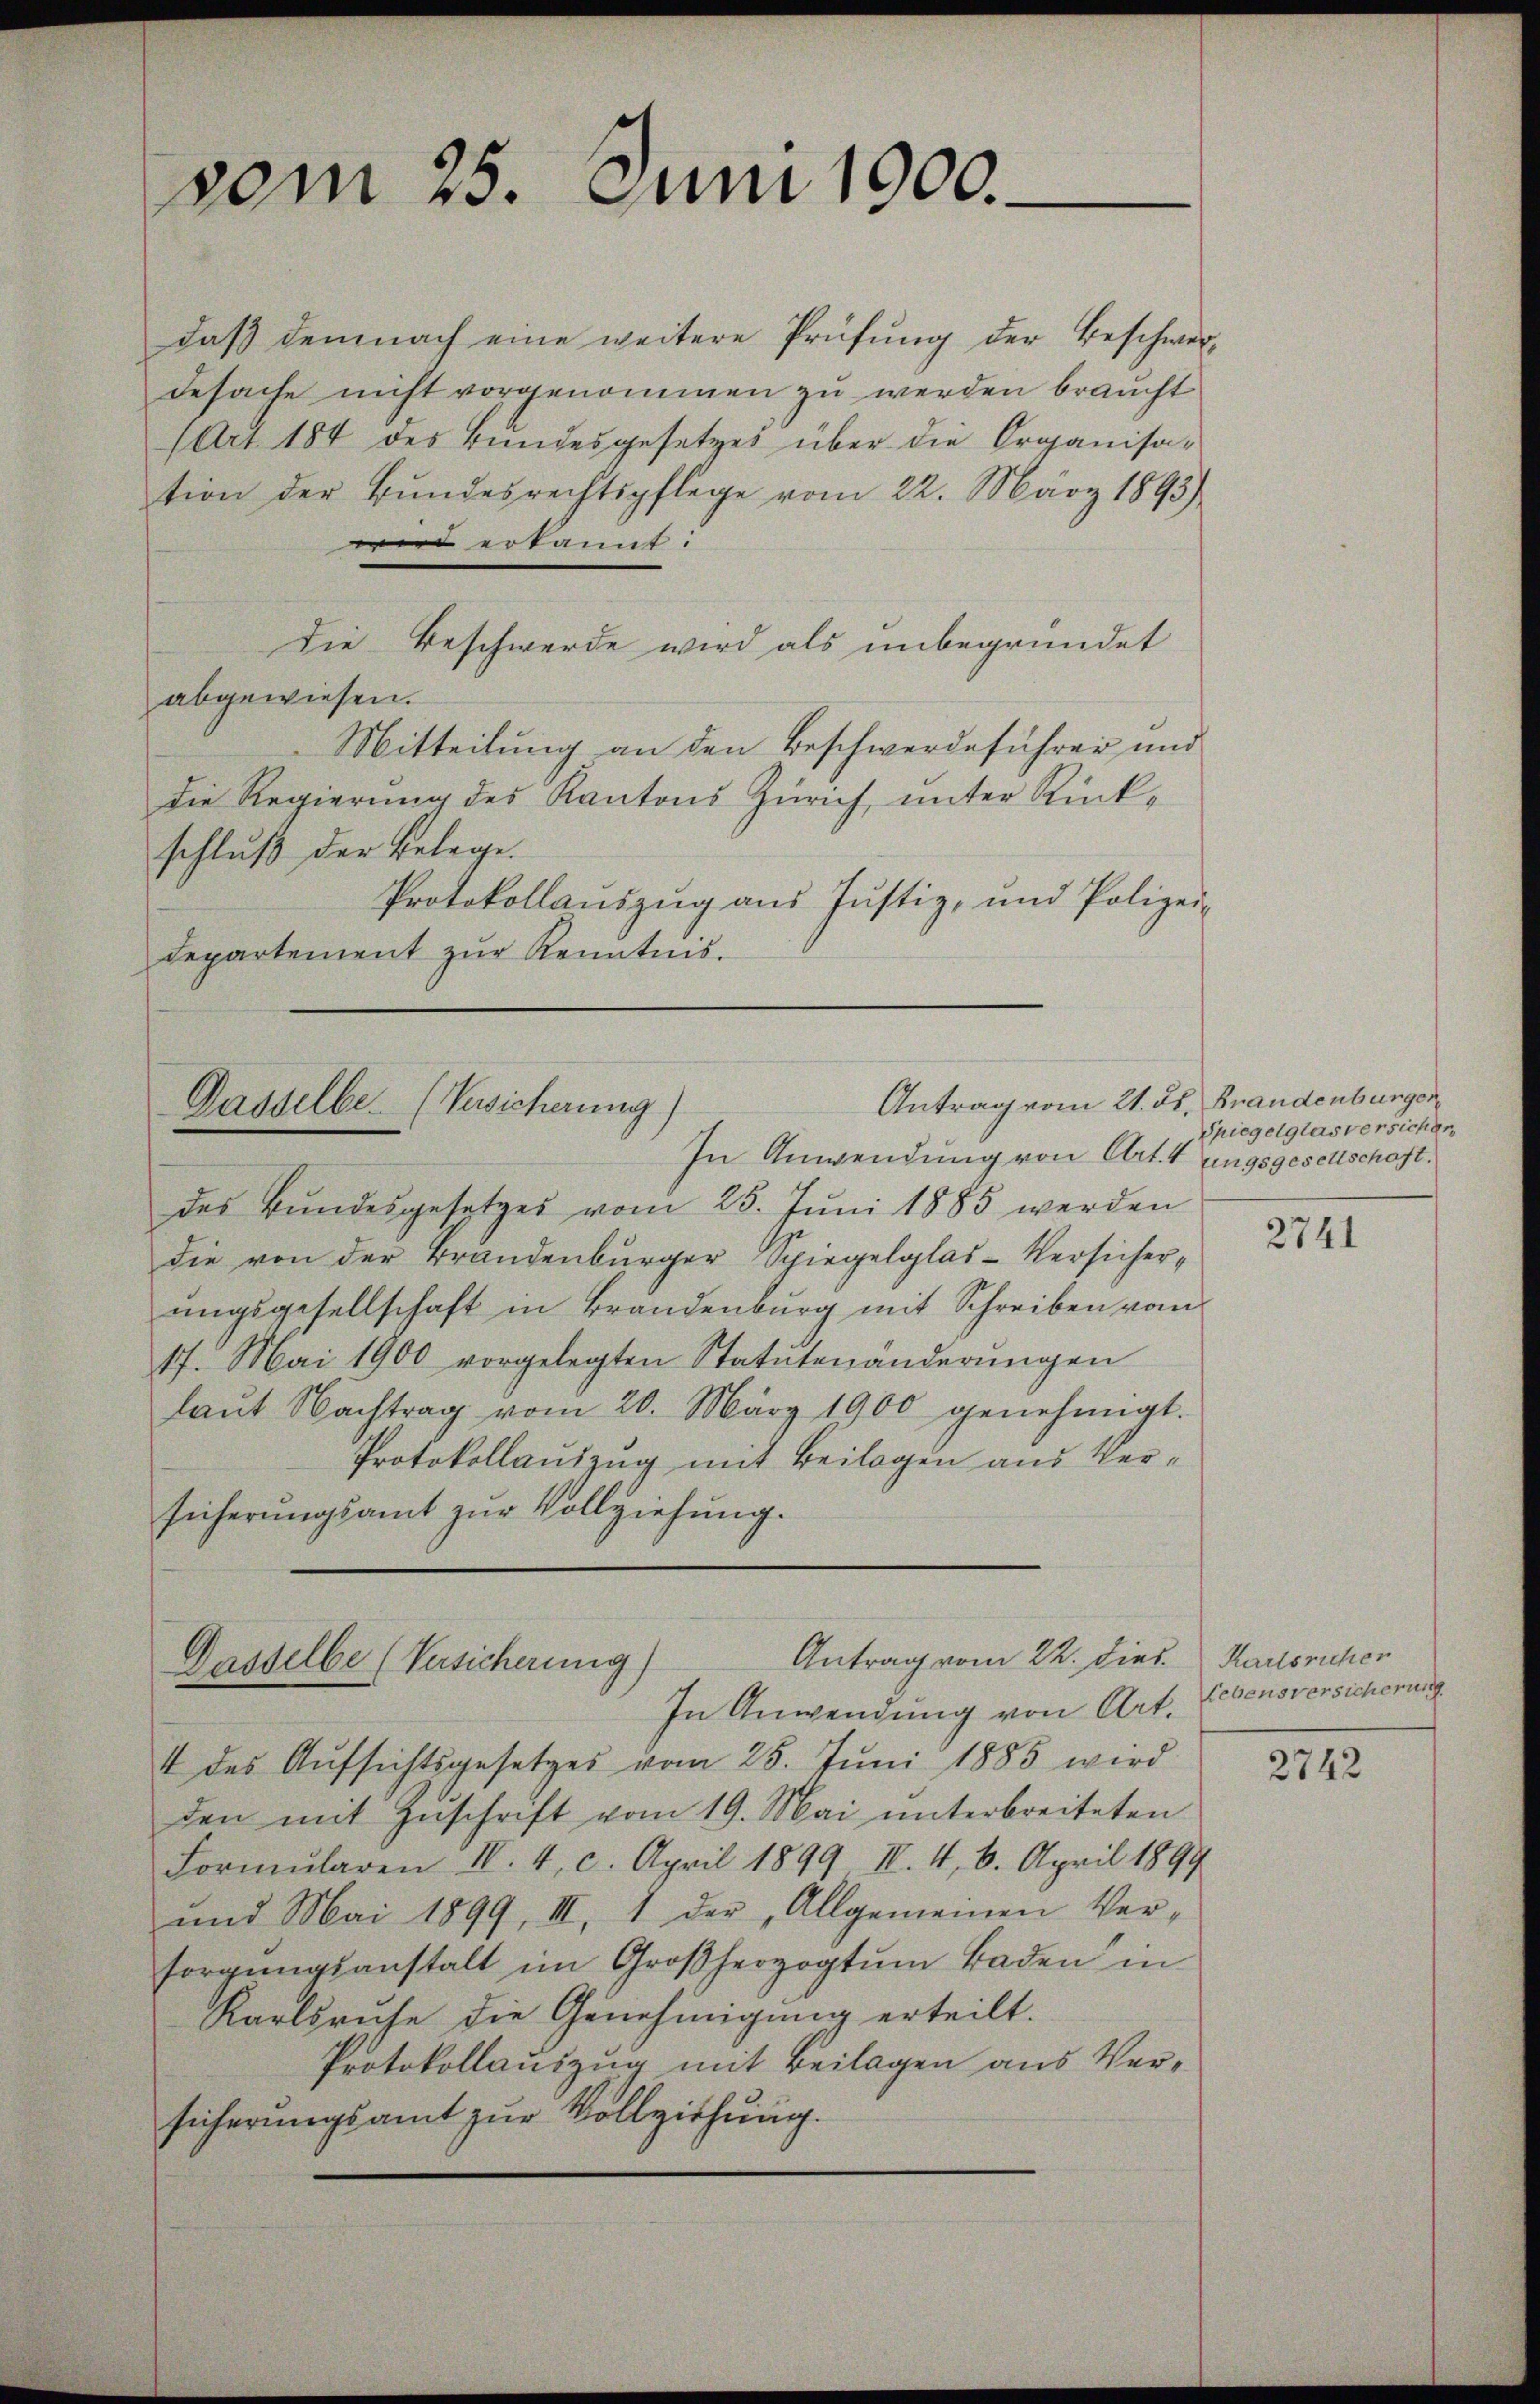
vom 25. Juni 1900.

daß demnach eine weitere Prüfung der Beschwerdesache nicht vorgenommen zu werden braucht
(Art. 184 des Bundesgesetzes über die Organisation der Bŭndesrechtspflege vom 22. März 1895)
wird erkannt:
die Beschwerde wird als unbegründet
abgewiesen.
Mitteilung an den Beschwerdeführer und
die Regierung des Kantons Zürich, unter Rück-
schluß der Belege.
Protokollauszug aus Justiz- und Polizei-
departement zŭr Kenntnis.

Antrag vom 21. ds. Brandenburger
Dasselbe. (Versicherung)

In Anwendung von Art. 4 ungsgesellschaft.
des Bŭndesgesetzes vom 25. Jŭni 1885 werden
die von der Brandenburger Spiegelglas-Versicher-
ungsgesellschaft in Brandenburg mit Schreiben vom
17. Mai 1900 vorgelegten Statutenänderungen
laŭt Nachtrag vom 20. März 1900 genehmigt.
Protokollauszug mit Beilagen aus Versicherungsamt zur Vollziehung.

Antrag vom 22. dies. Karlsruhen
Dasselbe (Versicherung)
In Anwendung von Art. Lebensversicherung

4 des Aŭfsichtsgesetzes vom 25. Jŭni 1885 wird
den mit Zŭschrift vom 19. Mai ŭnterbreiteten
Formŭlaren II. 4 c. April 1899 II. 4, 6. April 1899
und Mai 1899, III. 1 der „Allgemeinen Ver-
sorgŭngsanstalt im Großherzogtum Baden in
Karlsruhe die Genehmigung erteilt.
Protokollauszug mit Beilagen aus Versicherungsamt zur Vollziehung.

Spiegelglas versicher,

2741

2742